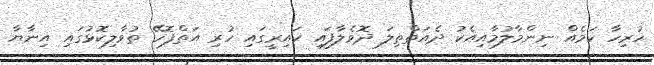
ހުރިހާ ކަމެއް ނިންމާލުމާއިއެކު ދެއަތްތިލަ ދޮވެލާފައި ކައިރީގައި ހުރި އަތްފޮހޭ ތުވާލިކޮޅުގައި އިނާޔާ